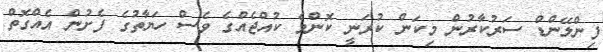
ފިންލޭންޑް ސަރުކާރުން މިކަން ކުރަނީ ކޮންމެ ކުއްޖެއްގެ ވެސް ހަޔާތުގެ ފެށުން އެއްގޮތް